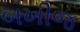
બખીજ